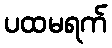
ပထမရက်